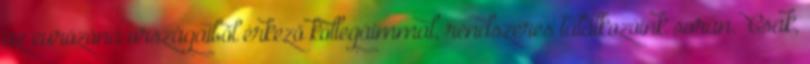
az eurózóna országaiból érkező kollegáimmal, rendszeres találkozóink során.“ Csak,